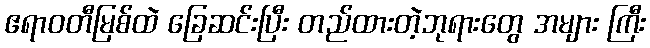
ဧရာဝတီမြစ်ထဲ ခြေဆင်းပြီး တည်ထားတဲ့ဘုရားတွေ အများ ကြီး